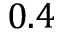
0 . 4